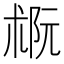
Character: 𪲭